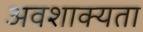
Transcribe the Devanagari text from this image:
अवशाक्यता